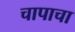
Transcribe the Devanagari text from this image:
चापाचा